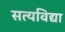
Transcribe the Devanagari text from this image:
सत्यविद्या